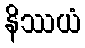
နိဿယံ